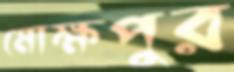
মোক্ষপুর